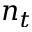
n _ { t }